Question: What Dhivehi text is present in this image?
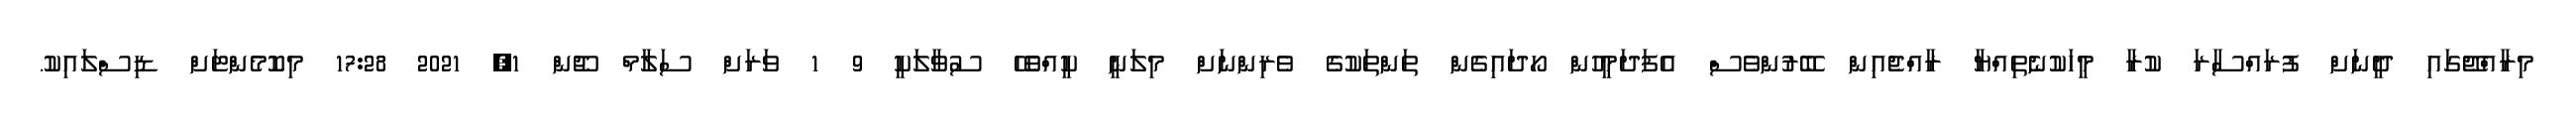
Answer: މިރާއްޖޭގައި ދީނަށް ފުރައްސާރަ ކުރާ މީހަކުނެތިއްޔާ ރާއްޖެއިން ބޭރުންވެސް އެފަދަމީހުން ހޯދައިގެން ތަންތަކުގެ ވެރިންނަށް މިލަނީ ކީއްވެހޭ ސުވާލަކީ 9 1 ވަރަށް ސަލާމް ޖޫން 1, 2021 17:28 މިކޮމެންޓަށް ޑިސްލައިކު.